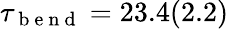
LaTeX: \tau_{\mathrm{~b~e~n~d~}}=23.4(2.2)